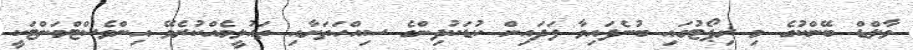
ވާލްޑް ބޭންކުގެ މި ރިޕޯޓުގައި ބުނެފައިވާ ފަދައިން ކުޑަކުދިންގެ ސިއްހަތަށާއި ތައުލީމެއްކުރެވޭ އިންވެސްޓްމަންޓަކީ